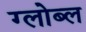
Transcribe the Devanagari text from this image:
ग्लोब्ल